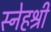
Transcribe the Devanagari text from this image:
स्नेहश्री